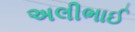
અલીભાઈ